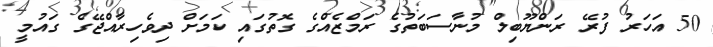
50 އަހަރު ފުރޭ ރަންޔޫބިލް މުނާސަބަތުގެ ރަމްޒެއްގެ ގޮތުގައި ކަމަށް ދިވެހިރާއްޖޭގެ ގައުމީ